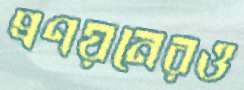
প্রণয়নেরও